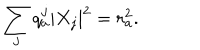
LaTeX: \sum _ { j } q _ { a } ^ { j } | X _ { j } | ^ { 2 } = r _ { a } ^ { 2 } .